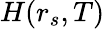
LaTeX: H(r_{s},T)